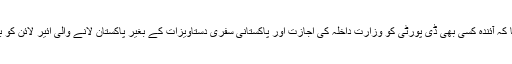
چوہدری نثار نے واضح کیا کہ آئندہ کسی بھی ڈی پورٹی کو وزارتِ داخلہ کی اجازت اور پاکستانی سفری دستاویزات کے بغیر پاکستان لانے والی ائیر لائن کو بھاری جرمانہ کیا جائے گا۔